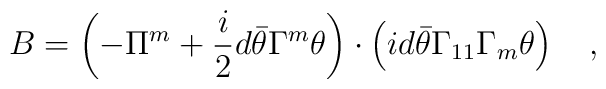
B=\left( -\Pi ^m+\frac i2d\bar \theta \Gamma ^m\theta \right)\cdot \left( id\bar \theta \Gamma _{11}\Gamma _m\theta \right) \quad ,